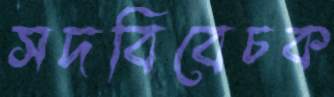
সদবিবেচক